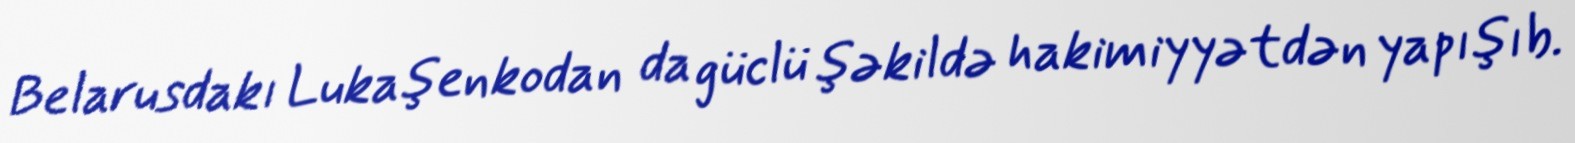
Belarusdakı Lukaşenkodan da güclü şəkildə hakimiyyətdən yapışıb.